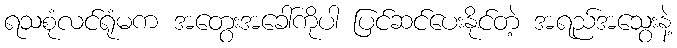
ရသစုံလင်ရုံမက အတွေးအခေါ်ကိုပါ ပြင်ဆင်ပေးနိုင်တဲ့ အရည်အသွေးနဲ့